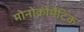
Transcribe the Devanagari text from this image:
मोनोक्रोमैटिक